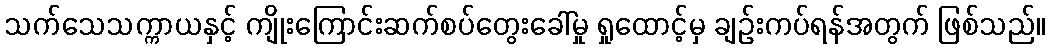
သက်သေသက္ကာယနှင့် ကျိုးကြောင်းဆက်စပ်တွေးခေါ်မှု ရှုထောင့်မှ ချဉ်းကပ်ရန်အတွက် ဖြစ်သည်။